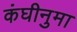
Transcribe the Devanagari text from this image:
कंघीनुमा